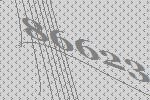
86623